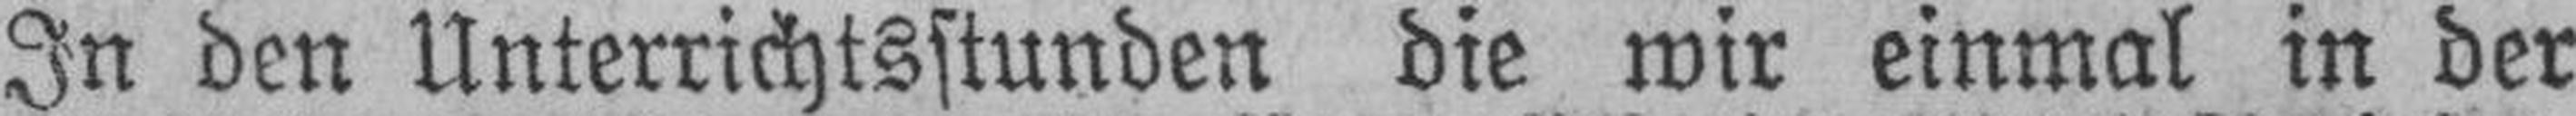
In den Unterrichtsstunden die wir einmal in der